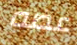
عضه